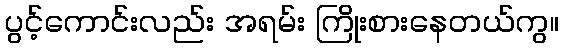
ပွင့်ကောင်းလည်း အရမ်း ကြိုးစားနေတယ်ကွ။